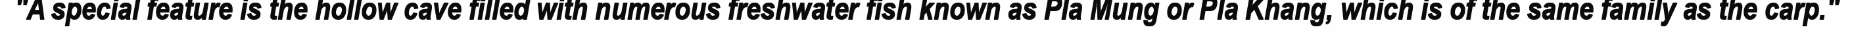
"A special feature is the hollow cave filled with numerous freshwater fish known as Pla Mung or Pla Khang, which is of the same family as the carp."